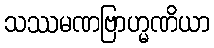
သဿမဏဗြာဟ္မဏိယာ